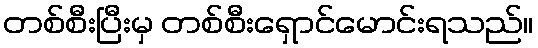
တစ်စီးပြီးမှ တစ်စီးရှောင်မောင်းရသည်။